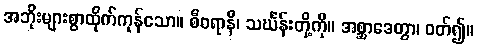
အဘိုးများစွာထိုက်ကုန်သော။ စီဝရာနိ၊ သင်္ဃန်းတို့ကို။ အစ္ဆာဒေတွာ၊ ဝတ်၍။